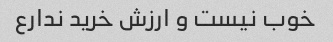
خوب نیست و ارزش خرید ندارع